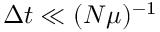
\Delta t \ll ( N \mu ) ^ { - 1 }